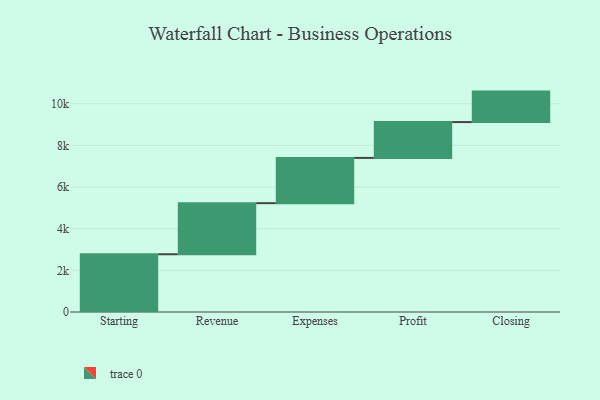
{"axis": {"x": "Step", "y": "Value"}, "legend": [""], "data": [{"x": "Starting", "y": 2773.0, "type": ""}, {"x": "Revenue", "y": 2453.0, "type": ""}, {"x": "Expenses", "y": 2173.0, "type": ""}, {"x": "Profit", "y": 1721.0, "type": ""}, {"x": "Closing", "y": 1463.0, "type": ""}]}